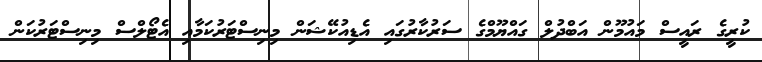
ކުރީގެ ރައީސް މައުމޫން އަބްދުލް ގައްޔޫމްގެ ސަރުކާރުގައި އެޑިއުކޭޝަން މިނިސްޓަރުކަމާއި އެޓޯލްސް މިނިސްޓަރުކަން